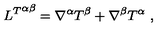
{ L ^ { T } } ^ { \alpha \beta } = \nabla ^ { \alpha } T ^ { \beta } + \nabla ^ { \beta } T ^ { \alpha } \ ,